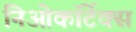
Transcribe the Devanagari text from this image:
निओकॉर्टेक्स